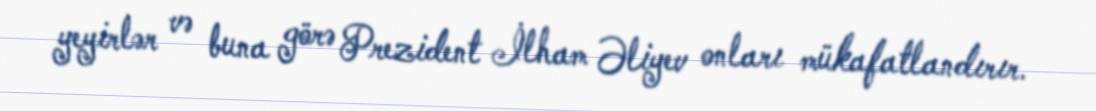
yeyirlər və buna görə Prezident İlham Əliyev onları mükafatlandırır.